Scottish Certificate of Education, 1963
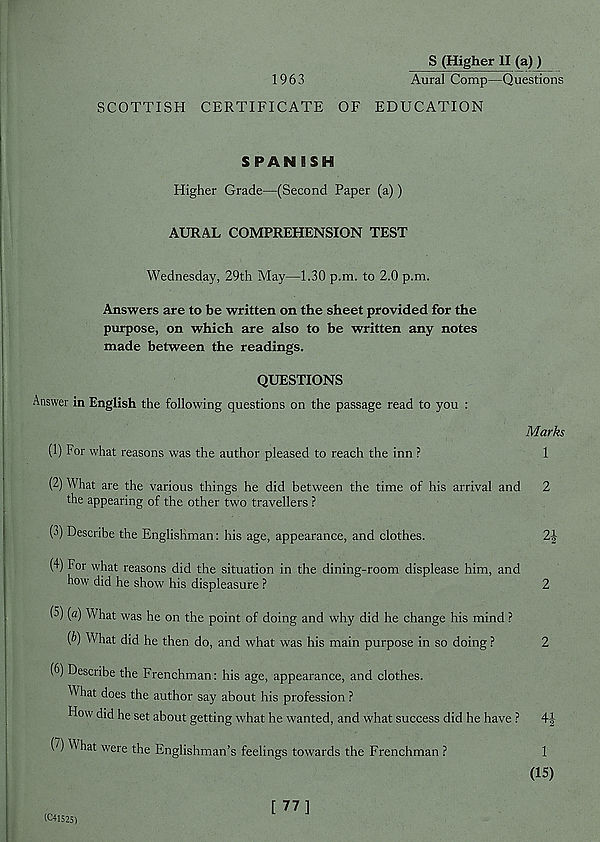
1963
S (Higher II (a)J
Aura] Comp—Questions
SCOTTISH CERTIFICATE OF EDUCATION
SPANISH
Higher Grade—(Second Paper (a))
AURAL COMPREHENSION TEST
Wednesday, 29th May—1.30 p.m. to 2.0 p.m.
Answers are to be written on the sheet provided for the
purpose, on which are also to be written any notes
made between the readings.
QUESTIONS
Answer in English the following questions on the passage read to you :
Marks
(1) For what reasons was the author pleased to reach the inn ?
1
(2) What are the various things he did between the time of his arrival and 2
the appearing of the other two travellers ?
(3) Describe the Englishman: his age, appearance, and clothes.
2|
(4) For what reasons did the situation in the dining-room displease him, and
how did he show his displeasure ?
2
(5) (a) What was he on the point of doing and why did he change his mind ?
[b) What did he then do, and what was his main purpose in so doing ?
2
(6) Describe the Frenchman: his age, appearance, and clothes.
What does the author say about his profession ?
How did he set about getting what he wanted, and what success did he have ? 4|
(2) What were the Englishman’s feelings towards the Frenchman ?
1
(15)
[ 77 ]
(C41525)